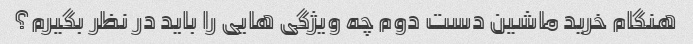
هنگام خرید ماشین دست دوم چه ویژگی هایی را باید در نظر بگیرم؟